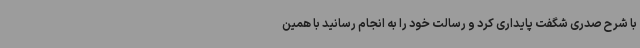
با شرح صدری شگفت پایداری کرد و رسالت خود را به انجام رسانید با همین